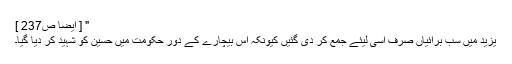
" [ ایضاً ص237 ]
یزید میں سب برائیاں صرف اسی لیئے جمع کر دی گئیں کیونکہ اس بیچارے کے دورِ حکومت میں حسینؓ کو شہید کر دیا گیا۔